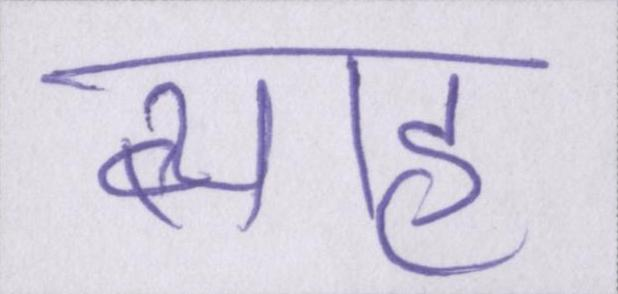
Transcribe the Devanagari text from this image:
ब्याह